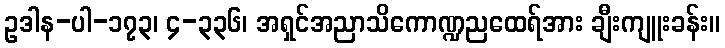
ဥဒါန-ပါ-၁၇၃၊ ၄-၃၃၆၊ အရှင်အညာသိကောဏ္ဍညထေရ်အား ချီးကျူးခန်း။